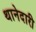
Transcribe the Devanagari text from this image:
थानेदारी